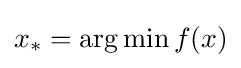
x_{*}=\arg \min f(x)